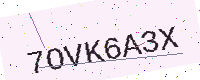
Text: 7OVK6A3X